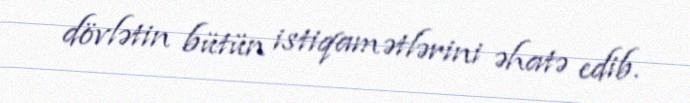
dövlətin bütün istiqamətlərini əhatə edib.